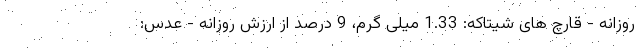
روزانه - قارچ های شیتاکه: 1.33 میلی گرم، 9 درصد از ارزش روزانه - عدس: